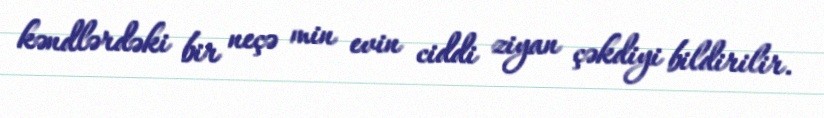
kəndlərdəki bir neçə min evin ciddi ziyan çəkdiyi bildirilir.